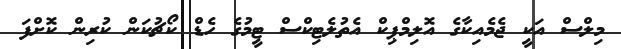
މިލްސް އަކީ ޖެމެއިކާގެ އޮލިމްޕިކް އެތުލެޓިކްސް ޓީމުގެ ހެޑް ކޯޗުކަން ކުރިން ކޮށްފަ